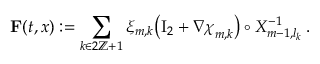
\mathbf { F } ( t , x ) : = \sum _ { k \in 2 \ensuremath { \mathbb { Z } } + 1 } \xi _ { m , k } \bigl ( \ensuremath { \mathrm { I } _ { 2 } } + \nabla { \boldsymbol { \chi } } _ { m , k } \bigr ) \circ X _ { m - 1 , l _ { k } } ^ { - 1 } \, .